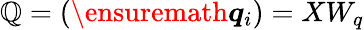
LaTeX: \mathbb{Q}=(\ensuremath{{\boldsymbol{q}}}_{i})=XW_{q}